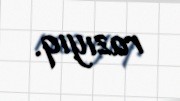
razıyıq.